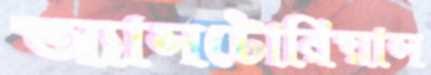
অ্যাসটোরিয়াস